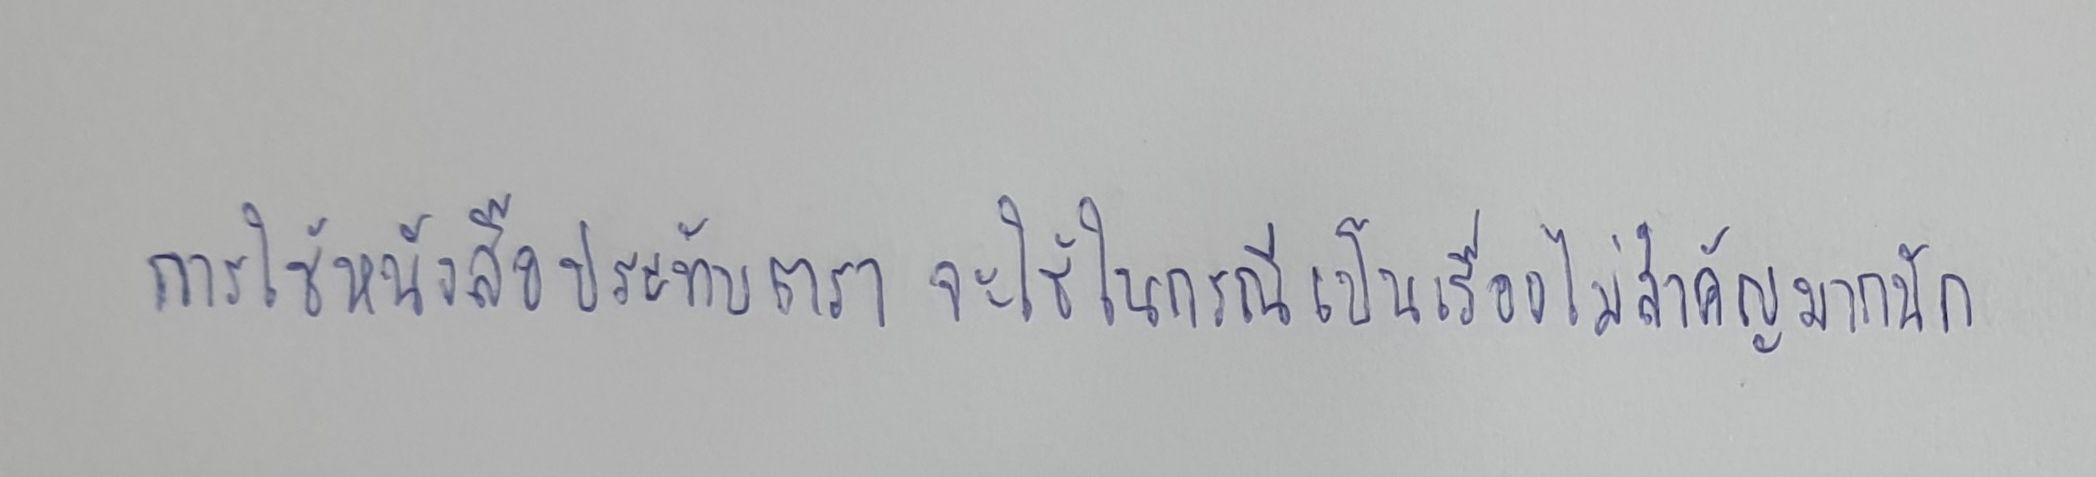
การใช้หนังสือประทับตราจะใช้ในกรณีที่เป็นเรื่องไม่สำคัญมากนัก